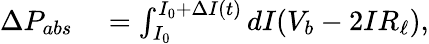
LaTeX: \begin{array}{rl}{\Delta P_{abs}}&{{}=\int_{I_{0}}^{I_{0}+\Delta I(t)}\mathop{dI}(V_{b}-2IR_{\ell}),}\end{array}